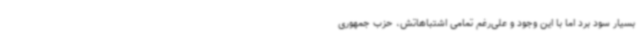
بسیار سود برد اما با این وجود و علی‌رغم تمامی اشتباهاتش، حزب جمهوری